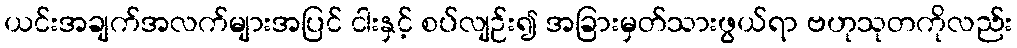
ယင်းအချက်အလက်များအပြင် ငါးနှင့် စပ်လျဉ်း၍ အခြားမှတ်သားဖွယ်ရာ ဗဟုသုတကိုလည်း